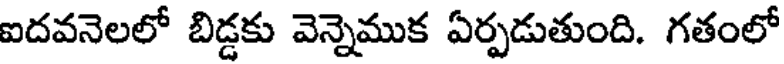
ఐదవనెలలో బిడ్డకు వెన్నెముక ఏర్పడుతుంది. గతంలో